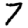
Digit: 7